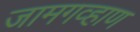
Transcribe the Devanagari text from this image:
जामगव्हाण